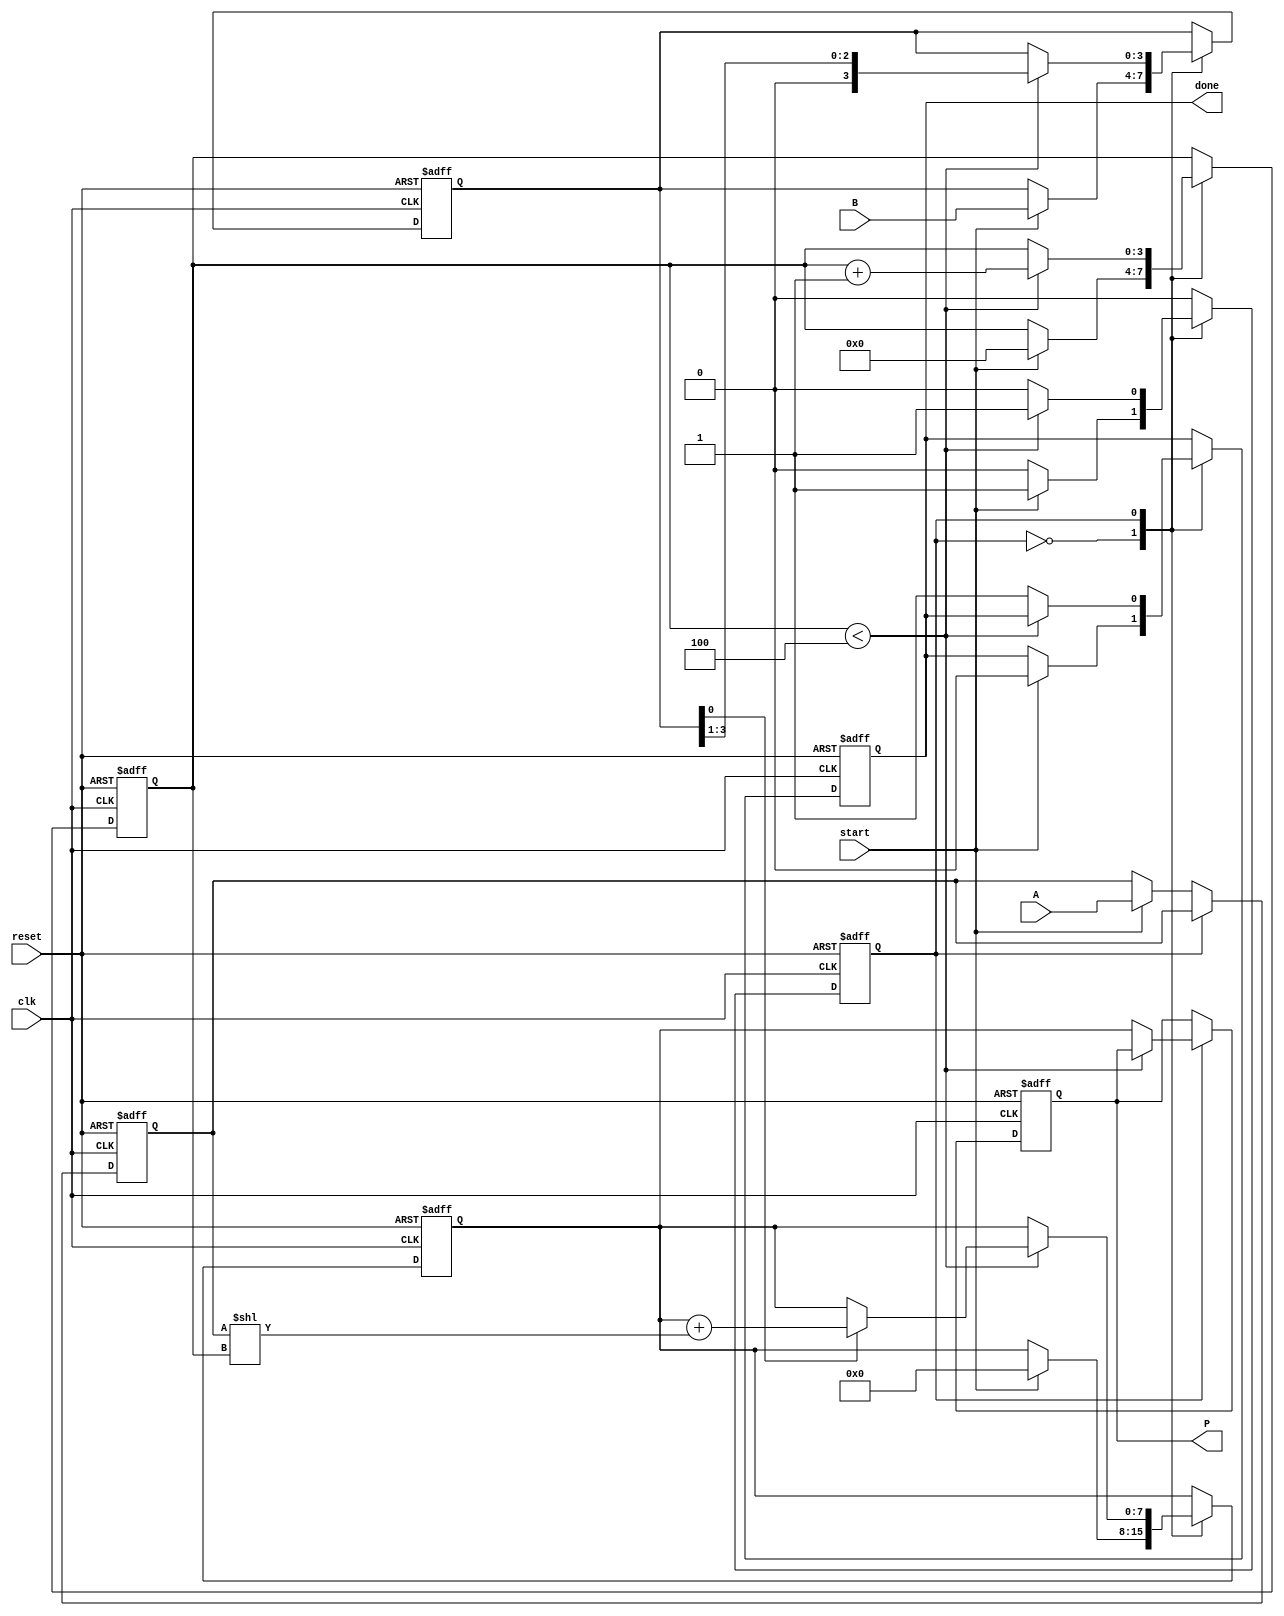
module radix2_multiplier #(parameter N = 4) (
    input wire [N-1:0] A,       // Multiplicand
    input wire [N-1:0] B,       // Multiplier
    input wire start,           // Start signal to initialize multiplication
    input wire clk,             // Clock signal
    input wire reset,           // Reset signal
    output reg [2*N-1:0] P,     // Product output
    output reg done             // Done signal
);

    reg [N-1:0] A_reg;          // Register to hold multiplicand
    reg [N-1:0] B_reg;          // Register to hold multiplier
    reg [2*N-1:0] product_reg;  // Register to hold product
    reg [N-1:0] count;          // Counter to keep track of number of bits processed
    reg state;                  // Current state of the FSM

    // FSM states
    localparam IDLE = 1'b0, MULTIPLY = 1'b1;

    // Sequential logic for FSM
    always @(posedge clk or posedge reset) begin
        if (reset) begin
            // Reset all registers
            P <= 0;
            product_reg <= 0;
            A_reg <= 0;
            B_reg <= 0;
            count <= 0;
            done <= 0;
            state <= IDLE;
        end else begin
            case (state)
                IDLE: begin
                    if (start) begin
                        // Load registers and initialize
                        A_reg <= A;
                        B_reg <= B;
                        product_reg <= 0;
                        count <= 0;
                        done <= 0;
                        state <= MULTIPLY;
                    end
                end

                MULTIPLY: begin
                    if (count < N) begin
                        // Check the LSB of B_reg
                        if (B_reg[0] == 1) begin
                            product_reg <= product_reg + (A_reg << count); // Add the shifted A_reg to product
                        end
                        // Shift B_reg to the right for next bit and increment count
                        B_reg <= B_reg >> 1;
                        count <= count + 1;
                    end else begin
                        // Finished processing all bits
                        P <= product_reg; // Store the result
                        done <= 1; // Indicate multiplication is done
                        state <= IDLE; // Go back to IDLE state
                    end
                end

                default: state <= IDLE; // Default case to reset state
            endcase
        end
    end
endmodule